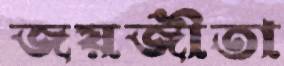
জয়জীতা